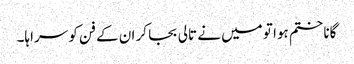
گانا ختم ہوا تو میں نے تالی بجا کر ان کے فن کو سراہا۔